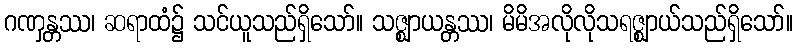
ဂဏှန္တဿ၊ ဆရာထံ၌ သင်ယူသည်ရှိသော်။ သဇ္ဈာယန္တဿ၊ မိမိအလိုလိုသရဇ္ဈာယ်သည်ရှိသော်။